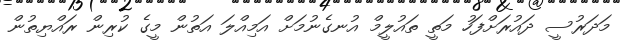
މަދަރުސީ ދައުރަށްފަހު މަތީ ތައުލީމް އުނގެނުމަށް އަމިއްލަ އަތުން މީގެ ކުރިން ރައްޔިތުން